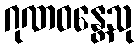
ဂုဏဝန္တေသု